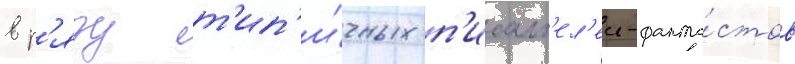
в р'яду т'ип'и́чных п'исат'ел'еи-фанта́стов